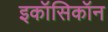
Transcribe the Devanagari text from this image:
इकॉसिकॉन